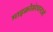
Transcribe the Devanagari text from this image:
माइक्रोसंरचनाओं